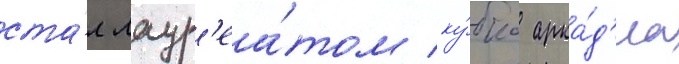
ста́л лаур'еа́том ку́бка арка́д'иа